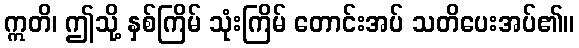
ဣတိ၊ ဤသို့ နှစ်ကြိမ် သုံးကြိမ် တောင်းအပ် သတိပေးအပ်၏။